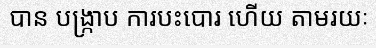
បាន បង្ក្រាប ការបះបោរ ហើយ តាមរយៈ